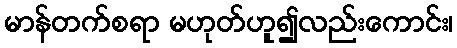
မာန်တက်စရာ မဟုတ်ဟူ၍လည်းကောင်း၊